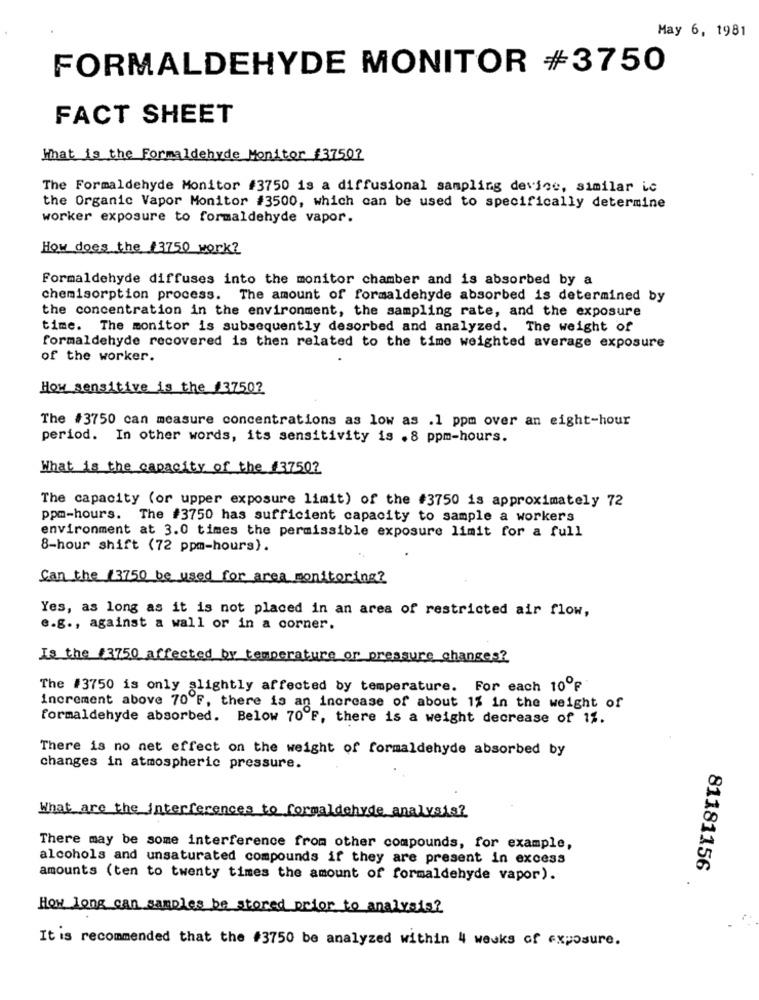
May 6, 1981
FORMALDEHYDE MONITOR #3750
FACT SHEET
What is the Formaldehyde Monitor #37502
The Formaldehyde Monitor #3750 is a diffusional sampling device, similar ic
the Organic Vapor Monitor #3500, which can be used to specifically determine
worker exposure to formaldehyde vapor.
How does the 13750 work?
Formaldehyde diffuses into the monitor chamber and is absorbed by a
chemisorption process. The amount of formaldehyde absorbed is determined by
the concentration in the environment, the sampling rate, and the exposure
time. The monitor is subsequently desorbed and analyzed. The weight of
formaldehyde recovered is then related to the time weighted average exposure
of the worker.
How sensitive is the /37502
The #3750 can measure concentrations as low as .1 ppm over an eight-hour
period. In other words, its sensitivity is . 8 ppm-hours.
What is the capacity of the 137502
The capacity (or upper exposure limit) of the #3750 is approximately 72
ppm-hours. The #3750 has sufficient capacity to sample a workers
environment at 3.0 times the permissible exposure limit for a full
8-hour shift (72 ppm-hours).
Can the 3750 be used for area monitoring?
Yes, as long as it is not placed in an area of restricted air flow,
e.g ., against a wall or in a corner.
Is the #3750 affected by temperature or pressure changes?
The #3750 is only slightly affected by temperature. For each 10ºf
increment above 70 F, there is an increase of about 1% in the weight of
formaldehyde absorbed. Below 70 F, there is a weight decrease of 11.
There is no net effect on the weight of formaldehyde absorbed by
changes in atmospheric pressure.
What are the interferences to formaldehyde analysis?
There may be some interference from other compounds, for example,
alcohols and unsaturated compounds if they are present in excess
81181156
amounts (ten to twenty times the amount of formaldehyde vapor).
How long can samples be stored prior to analysis?
It is recommended that the #3750 be analyzed within 4 weeks of exposure.